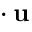
\mathbf { \nabla } \cdot \mathbf { u }